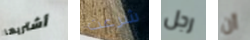
أشتريها شرعت رجل أن